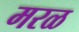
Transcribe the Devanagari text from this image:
मरळ